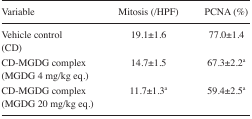
| Variable | Mitosis (/HPF) | PCNA (%) |
 | --- | --- | --- |
 | Vehicle control (CD) | 19.1±1.6 | 77.0±1.4 |
 | CD-MGDG complex (MGDG 4 mg/kg eq.) | 14.7±1.5 | 67.3±2.2a |
 | CD-MGDG complex (MGDG 20 mg/kg eq.) | 11.7±1.3a | 59.4±2.5a |